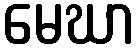
မေဃာ